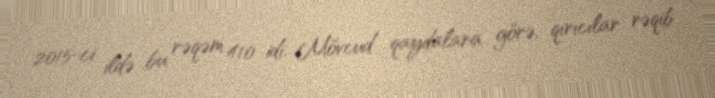
2015-ci ildə bu rəqəm 410 idi. Mövcud qaydalara görə, qırıcılar rəqib